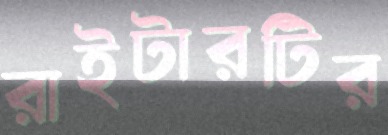
রাইটারটির